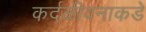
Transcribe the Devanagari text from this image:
कर्दळीवनाकडे